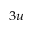
_ { 3 u }